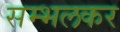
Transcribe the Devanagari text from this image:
सम्भलकर